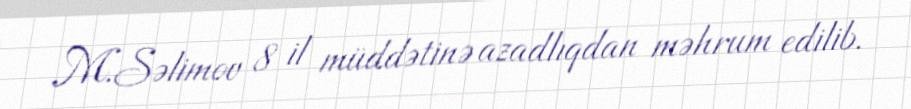
M.Səlimov 8 il müddətinə azadlıqdan məhrum edilib.